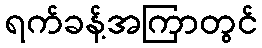
ရက်ခန့်အကြာတွင်